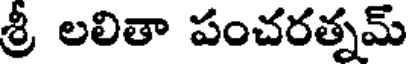
శ్రీ లలితా పంచరత్నమ్